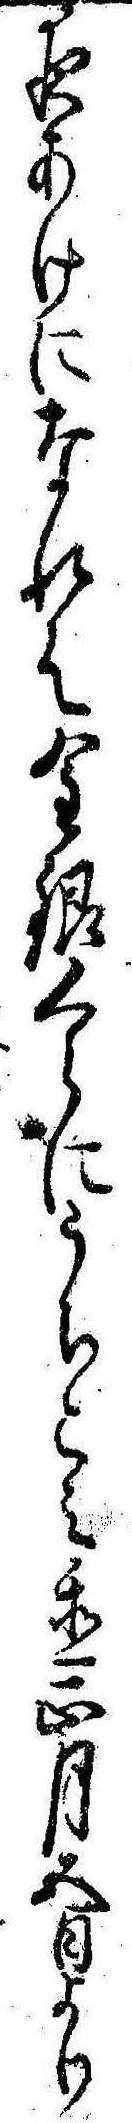
夜あけになれは金銀くらにうちこみ置正月五日より